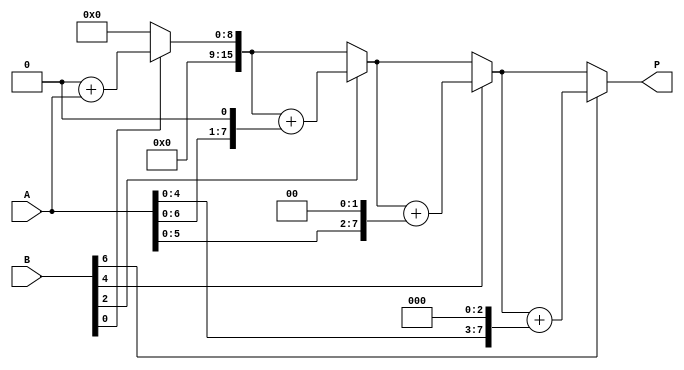
module radix2_multiplier #(parameter N = 8) (
    input wire [N-1:0] A,  // Multiplicand
    input wire [N-1:0] B,  // Multiplier
    output reg [2*N-1:0] P // Product
);

    // Internal registers
    reg [N-1:0] multiplicand;
    reg [N-1:0] multiplier;
    reg [2*N-1:0] product;
    integer i;

    // Process to perform multiplication
    always @(*) begin
        // Initialize registers
        multiplicand = A;
        multiplier = B;
        product = 0;

        // Perform the shift-and-add multiplication
        for (i = 0; i < N; i = i + 1) begin
            if (multiplier[i]) begin
                product = product + multiplicand; // Add multiplicand to product if current bit of multiplier is 1
            end
            multiplicand = multiplicand << 1; // Shift multiplicand left (multiply by 2)
            multiplier = multiplier >> 1;      // Shift multiplier right (divide by 2)
        end
        P = product; // Assign the final product to output
    end
endmodule